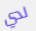
لدي